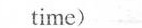
time)